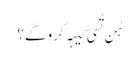
‏ ہُن تُسی کیہہ کرو گے؟